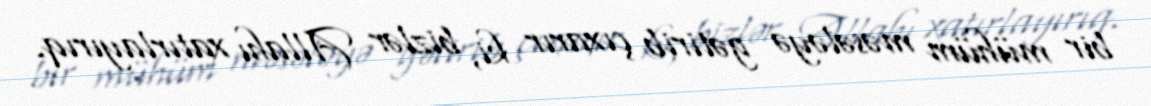
bir mühüm məsələyə gətirib çıxarır ki, bizlər Allahı xatırlayırıq.